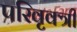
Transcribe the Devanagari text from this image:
परिवृक्त्री